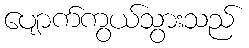
ပျောက်ကွယ်သွားသည်